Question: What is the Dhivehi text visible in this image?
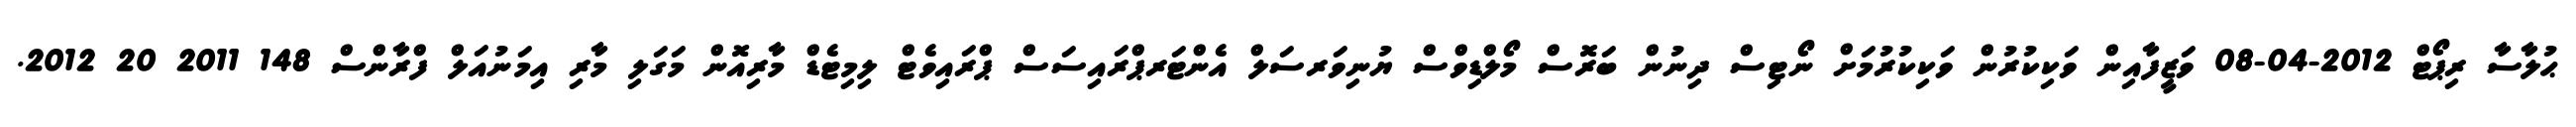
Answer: ޙުލާސާ ރިޕޯޓް 2012-04-08 ވަޒީފާއިން ވަކިކުރުން ވަކިކުރުމަށް ނޯޓިސް ދިނުން ބަރޮސް މޯލްޑިވްސް ޔުނިވަރސަލް އެންޓަރޕްރައިސަސް ޕްރައިވެޓް ލިމިޓެޑް މާރިއޮން މަގަލި މާރި އިމަނުއަލް ފްރާންސް 148 2011 20 2012.